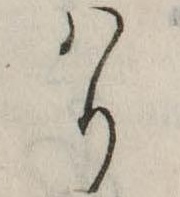
はり